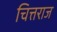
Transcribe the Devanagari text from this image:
चित्तराज